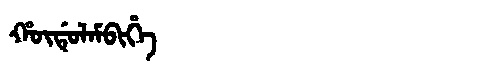
Manchu: ᡥᡡᡩᡠᠯᠠᠮᠪᡳᡥᡝ
Romanization: HŪDULAMBIHE